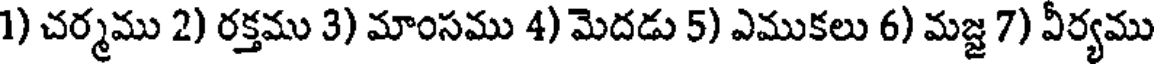
1) చర్మము 2) రక్తము 3) మాంసము 4) మెదడు 5) ఎముకలు 6) మజ్జ 7) వీర్యము